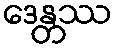
ဒေန္တဿ